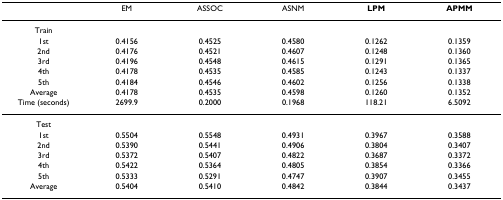
<table><thead><tr><td></td><td><b>EM</b></td><td><b>ASSOC</b></td><td><b>ASNM</b></td><td><b>LPM</b></td><td><b>APMM</b></td></tr></thead><tbody><tr><td>Train</td><td></td><td></td><td></td><td></td><td></td></tr><tr><td>1st</td><td>0.4156</td><td>0.4525</td><td>0.4580</td><td>0.1262</td><td>0.1359</td></tr><tr><td>2nd</td><td>0.4176</td><td>0.4521</td><td>0.4607</td><td>0.1248</td><td>0.1360</td></tr><tr><td>3rd</td><td>0.4196</td><td>0.4548</td><td>0.4615</td><td>0.1291</td><td>0.1365</td></tr><tr><td>4th</td><td>0.4178</td><td>0.4535</td><td>0.4585</td><td>0.1243</td><td>0.1337</td></tr><tr><td>5th</td><td>0.4184</td><td>0.4546</td><td>0.4602</td><td>0.1256</td><td>0.1338</td></tr><tr><td>Average</td><td>0.4178</td><td>0.4535</td><td>0.4598</td><td>0.1260</td><td>0.1352</td></tr><tr><td>Time (seconds)</td><td>2699.9</td><td>0.2000</td><td>0.1968</td><td>118.21</td><td>6.5092</td></tr><tr><td>Test</td><td></td><td></td><td></td><td></td><td></td></tr><tr><td>1st</td><td>0.5504</td><td>0.5548</td><td>0.4931</td><td>0.3967</td><td>0.3588</td></tr><tr><td>2nd</td><td>0.5390</td><td>0.5441</td><td>0.4906</td><td>0.3804</td><td>0.3407</td></tr><tr><td>3rd</td><td>0.5372</td><td>0.5407</td><td>0.4822</td><td>0.3687</td><td>0.3372</td></tr><tr><td>4th</td><td>0.5422</td><td>0.5364</td><td>0.4805</td><td>0.3854</td><td>0.3366</td></tr><tr><td>5th</td><td>0.5333</td><td>0.5291</td><td>0.4747</td><td>0.3907</td><td>0.3455</td></tr><tr><td>Average</td><td>0.5404</td><td>0.5410</td><td>0.4842</td><td>0.3844</td><td>0.3437</td></tr></tbody></table>